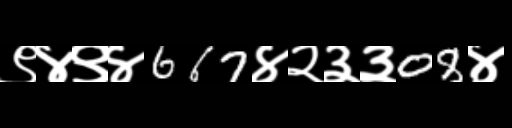
Text: ९४९४667४२३३08४